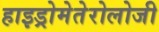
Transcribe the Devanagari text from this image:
हाइड्रोमेतेरोलोजी